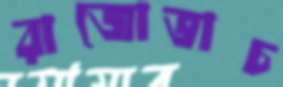
রাজোভাচ